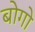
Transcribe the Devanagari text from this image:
बोगो